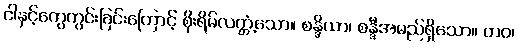
ငါနှင့်ကွေကွင်းခြင်းကြောင့် စိုးရိမ်လတ္တံ့သော။ စန္ဒိယာ၊ စန္ဒီအမည်ရှိသော။ တဝ၊